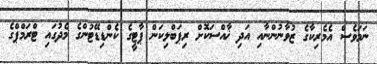
ނަމަވެސް އެމެރިކާގެ ޒުވާނުންނާއި އަދި ޚާއްސަކޮށް ރިޕަބްލިކަން ޕާޓީގެ ކެންޑިޑޭޓުންގެ މެދުގައި ޓްރަމްޕްގެ